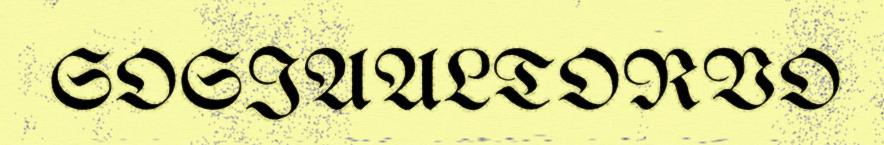
SOSIAALTORVO